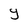
Character: Y